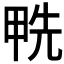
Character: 𠒛